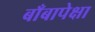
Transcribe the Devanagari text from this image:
बाँबापेक्षा